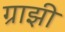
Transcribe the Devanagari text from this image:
ग्राझी